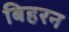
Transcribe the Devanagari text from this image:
बिहरन